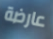
عارضة